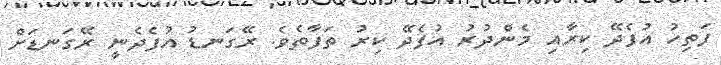
ފަތިހު އުފެދޭ ކިރާއި މެންދުރު އުފެދޭ ކިރު ތަފާތެވެ. ރޭގަނޑު އުފެދެނީ ރޭގަނޑަށް